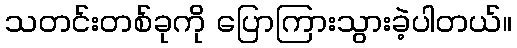
သတင်းတစ်ခုကို ပြောကြားသွားခဲ့ပါတယ်။